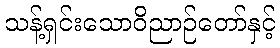
သန့်ရှင်းသောဝိညာဉ်တော်နှင့်